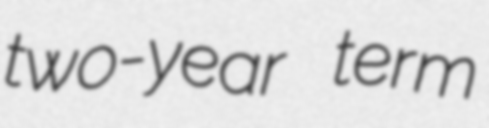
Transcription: two-year term